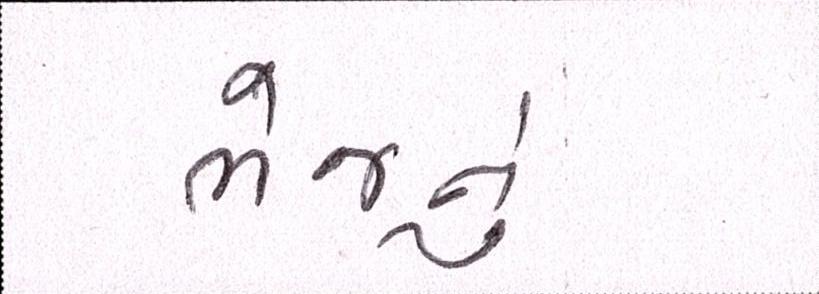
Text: ભેજનું